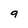
Character: 9